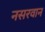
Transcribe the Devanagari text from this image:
नसरवान